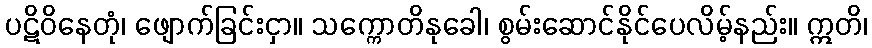
ပဋိဝိနေတုံ၊ ဖျောက်ခြင်းငှာ။ သက္ကောတိနုခေါ၊ စွမ်းဆောင်နိုင်ပေလိမ့်နည်း။ ဣတိ၊